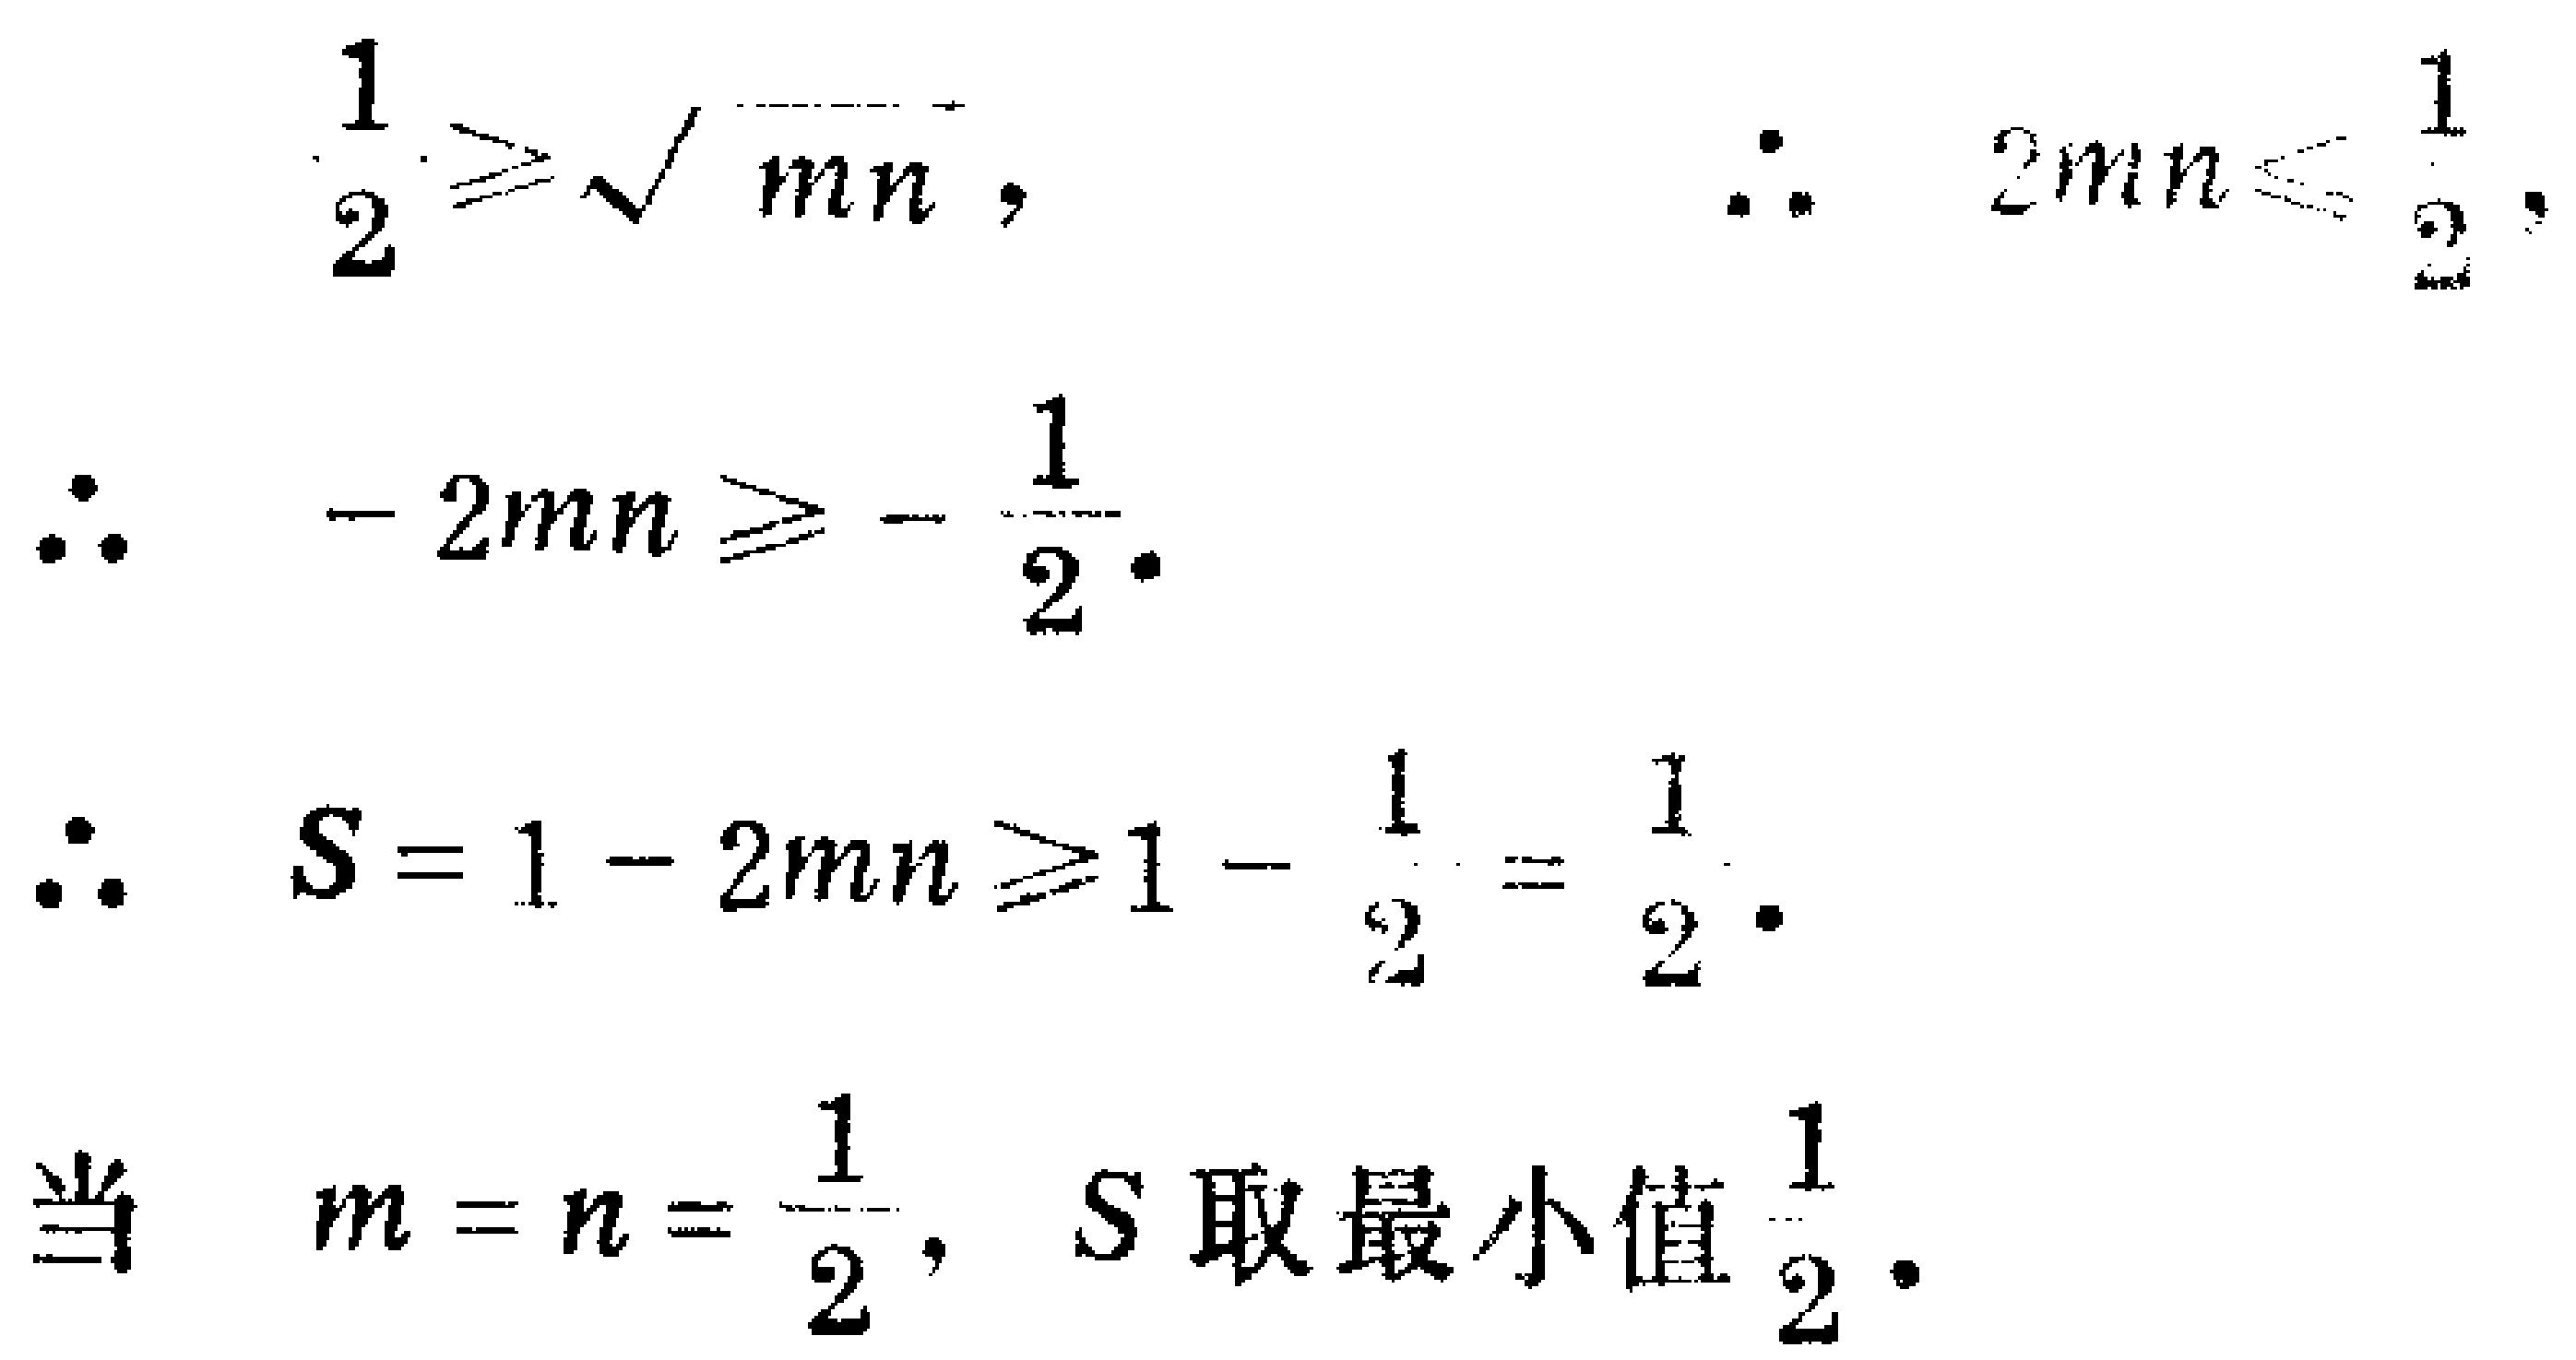
\[
\begin{align*}
\frac{1}{2}&\geqslant\sqrt{mn},\\
\therefore 2mn&\leqslant\frac{1}{2},\\
\therefore - 2mn&\geqslant-\frac{1}{2}.\\
\therefore S = 1 - 2mn&\geqslant1-\frac{1}{2}=\frac{1}{2}.\\
\end{align*}
\]
当 \(m = n=\frac{1}{2}\)，\(S\) 取最小值 \(\frac{1}{2}\)。